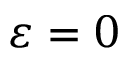
\varepsilon = 0